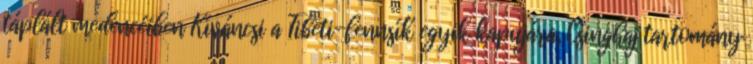
táplált medencéiben Kíváncsi a Tibeti-fennsík egyik kapujára, Csinghaj tartomány